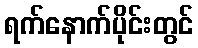
ရက်နောက်ပိုင်းတွင်